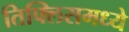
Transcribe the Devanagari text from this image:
तिफ्लिसमध्ये